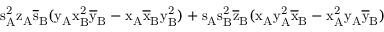
\mathrm { s _ { A } ^ { 2 } \mathrm { z _ { A } \mathrm { \overline { { s } } _ { B } ( \mathrm { y _ { A } \mathrm { x _ { B } ^ { 2 } \mathrm { \overline { { y } } _ { B } - \mathrm { x _ { A } \mathrm { \overline { { x } } _ { B } \mathrm { y _ { B } ^ { 2 } ) + \mathrm { s _ { A } \mathrm { s _ { B } ^ { 2 } \mathrm { \overline { { z } } _ { B } ( \mathrm { x _ { A } \mathrm { y _ { A } ^ { 2 } \mathrm { \overline { { x } } _ { B } - \mathrm { x _ { A } ^ { 2 } \mathrm { y _ { A } \mathrm { \overline { { y } } _ { B } ) } } } } } } } } } } } } } } } } } }